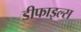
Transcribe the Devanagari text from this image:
डीफाइल्स